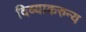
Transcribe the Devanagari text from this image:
दिव्याकरुन्य